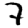
Digit: 7